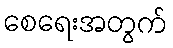
စေရေးအတွက်